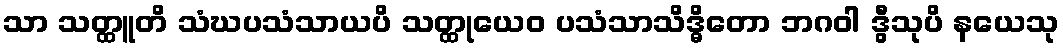
သာ သတ္ထူတိ သံဃပသံသာယပိ သတ္ထုယေဝ ပသံသာသိဒ္ဓိတော ဘဂဝါ ဒွီသုပိ နယေသု